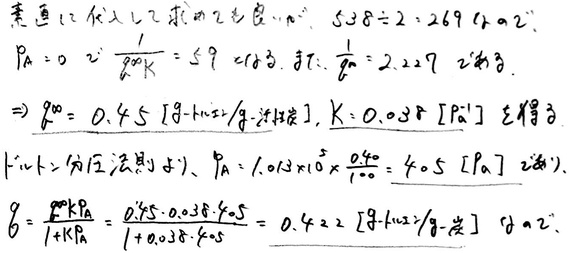
\[
\begin{align*}
& \text{まず、代入して求めるとき、} a^{2} \text{ 、} 538 \div 2 = 269 ( \text{ただ } a^{2} ) \\
& P_{A}=0 \text{ のとき } \frac{1}{g_{0}K}=59 \text{ [cfm]、および } \frac{1}{g_{0}} = 2.227 \text{ [cfm]。} \\
& \Rightarrow g_{0}=0.45 \text{ [lb - ft/s}^{2}\text{/g - フロア]、} K = 0.038 \text{ [Pa}^{-1}]\text{ を得る。} \\
& \text{1 - ヶルビンの圧力則のとき、} P_{A}=1.013\times10^{5}\times\frac{0.40}{1000}=40.5 \text{ [Pa] とする。} \\
& g=\frac{g_{0}K P_{A}}{1 + K P_{A}}=\frac{0.45\times0.038\times40.5}{1+0.038\times40.5}=0.422 \text{ [lb - ft/s}^{2}\text{/g - フロア] となる。}
\end{align*}
\]